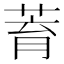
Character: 𦱀